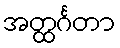
အတ္ထင်္ဂတာ